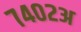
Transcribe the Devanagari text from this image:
७४०२अ